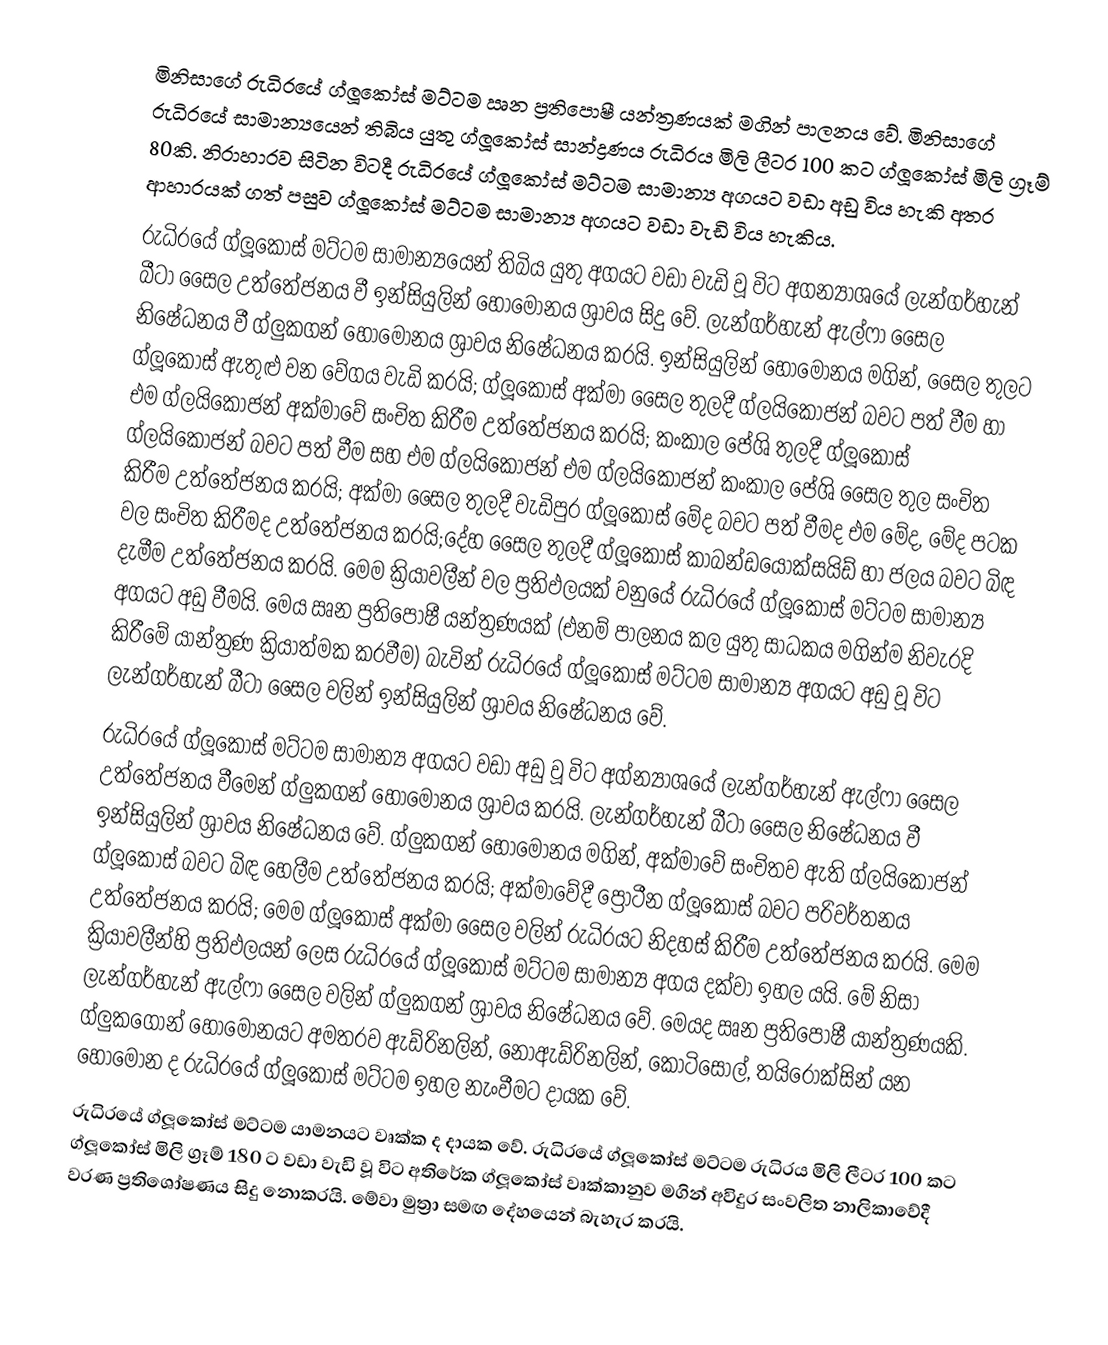
මිනිසාගේ රුධිරයේ ග්ලූකෝස් මට්ටම ඍන ප්‍රතිපොෂී යන්ත්‍රණයක් මගින් පාලනය වේ. මිනිසාගේ රුධිරයේ සාමාන්‍යයෙන් තිබිය යුතු ග්ලූකෝස් සාන්ද්‍රණය රුධිරය මිලි ලීටර 100 කට ග්ලූකෝස් මිලි ග්‍රෑම් 80කි. නිරාහාරව සිටින විටදී රුධිරයේ ග්ලූකෝස් මට්ටම සාමාන්‍ය අගයට වඩා අඩු විය හැකි අතර ආහාරයක් ගත් පසුව ග්ලූකෝස් මට්ටම සාමාන්‍ය අගයට වඩා වැඩි විය හැකිය.
රුධිරයේ ග්ලූකෝස් මට්ටම සාමාන්‍යයෙන් තිබිය යුතු අගයට වඩා වැඩි වූ විට අගන්‍යාශයේ ලැන්ගර්හැන් බීටා සෛල උත්තේජනය වී ඉන්සියුලින් හෝමෝනය ශ්‍රාවය සිදු වේ. ලැන්ගර්හැන් ඇල්ෆා සෛල නිෂේධනය වී ග්ලුකගන් හෝමෝනය ශ්‍රාවය නිෂේධනය කරයි. ඉන්සියුලින් හෝමෝනය මගින්, සෛල තුලට ග්ලූකෝස් ඇතුළු වන වේගය වැඩි කරයි; ග්ලූකෝස් අක්මා සෛල තුලදී ග්ලයිකොජන් බවට පත් වීම හා එම ග්ලයිකොජන් අක්මාවේ සංචිත කිරීම උත්තේජනය කරයි; කංකාල පේශි තුලදී ග්ලූකෝස් ග්ලයිකොජන් බවට පත් වීම සහ එම ග්ලයිකොජන් එම ග්ලයිකොජන් කංකාල පේශි සෛල තුල සංචිත කිරීම උත්තේජනය කරයි; අක්මා සෛල තුලදී වැඩිපුර ග්ලූකෝස් මේද බවට පත් වීමද එම මේද, මේද පටක වල සංචිත කිරීමද උත්තේජනය කරයි;දේහ සෛල තුලදී ග්ලූකෝස් කාබන්ඩයොක්සයිඩ් හා ජලය බවට බිඳ දැමීම උත්තේජනය කරයි. මෙම ක්‍රියාවලීන් වල ප්‍රතිඵලයක් වනුයේ රුධිරයේ ග්ලූකෝස් මට්ටම සාමාන්‍ය අගයට අඩු වීමයි. මෙය ඍන ප්‍රතිපොෂී යන්ත්‍රණයක් (එනම් පාලනය කල යුතු සාධකය මගින්ම නිවැරදි කිරීමේ යාන්ත්‍රණ ක්‍රියාත්මක කරවීම) බැවින් රුධිරයේ ග්ලූකෝස් මට්ටම සාමාන්‍ය අගයට අඩු වූ විට ලැන්ගර්හැන් බීටා සෛල වලින් ඉන්සියුලින් ශ්‍රාවය නිෂේධනය වේ.
රුධිරයේ ග්ලූකෝස් මට්ටම සාමාන්‍ය අගයට වඩා අඩු වූ විට අග්න්‍යාශයේ ලැන්ගර්හැන් ඇල්ෆා සෛල උත්තේජනය වීමෙන් ග්ලුකගන් හෝමෝනය ශ්‍රාවය කරයි. ලැන්ගර්හැන් බීටා සෛල නිෂේධනය වී ඉන්සියුලින් ශ්‍රාවය නිෂේධනය වේ. ග්ලුකගන් හෝමෝනය මගින්, අක්මාවේ සංචිතව ඇති ග්ලයිකොජන් ග්ලූකෝස් බවට බිඳ හෙලීම උත්තේජනය කරයි; අක්මාවේදී ප්‍රෝටීන ග්ලූකෝස් බවට පරිවර්තනය උත්තේජනය කරයි; මෙම ග්ලූකෝස් අක්මා සෛල වලින් රුධිරයට නිදහස් කිරීම උත්තේජනය කරයි. මෙම ක්‍රියාවලීන්හි ප්‍රතිඵලයන් ලෙස රුධිරයේ ග්ලූකෝස් මට්ටම සාමාන්‍ය අගය දක්වා ඉහල යයි. මේ නිසා ලැන්ගර්හැන් ඇල්ෆා සෛල වලින් ග්ලුකගන් ශ්‍රාවය නිෂේධනය වේ. මෙයද ඍන ප්‍රතිපොෂී යාන්ත්‍රණයකි. ග්ලුකගොන් හෝමෝනයට අමතරව ඇඩ්රිනලින්, නොඇඩ්රිනලින්, කෝටිසෝල්, තයිරොක්සින් යන හෝමෝන ද රුධිරයේ ග්ලූකෝස් මට්ටම ඉහල නැංවීමට දායක වේ.
රුධිරයේ ග්ලූකෝස් මට්ටම යාමනයට වෘක්ක ද දායක වේ. රුධිරයේ ග්ලූකෝස් මට්ටම රුධිරය මිලි ලීටර 100 කට ග්ලූකෝස් මිලි ග්‍රෑම් 180 ට වඩා වැඩි වූ විට අතිරේක ග්ලූකෝස් වෘක්කානුව මගින් අවිදුර සංවලිත නාලිකාවේදී වරණ ප්‍රතිශෝෂණය සිදු නොකරයි. මේවා මුත්‍රා සමඟ දේහයෙන් බැහැර කරයි.